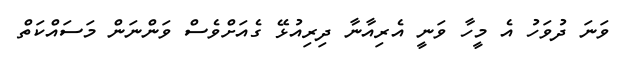
ވަނަ ދުވަހު އެ މީހާ ވަނީ އެރިއާނާ ދިރިއުޅޭ ގެއަށްވެސް ވަންނަން މަސައްކަތް